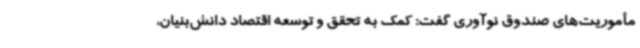
مأموریت‌های صندوق نوآوری گفت: کمک به تحقق و توسعه اقتصاد دانش‌بنیان،